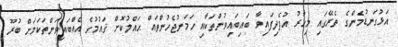
އަޅުގަނޑުމެންގެ ތެރޭގައި މިހާރު އުފެދިފައިވާ ބައިބައިވުންތަކާއި ހަމަނުޖެހުންތައް ޙައްލުކޮށް ޤައުމުގެ އެއްބައިވަންތަކަމަށް ބުރޫ